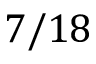
7 / 1 8